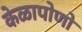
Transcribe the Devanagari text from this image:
केळापोणो